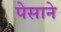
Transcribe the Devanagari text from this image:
पेसाने